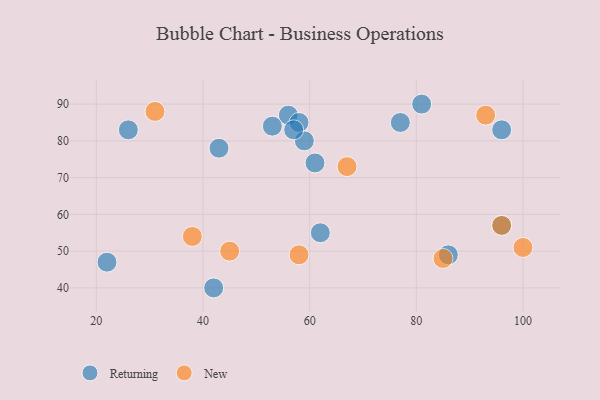
{"axis": {"x": "GDP", "y": "Life Expectancy"}, "legend": ["New", "Returning"], "data": [{"x": "56", "y": 87, "type": "Returning"}, {"x": "77", "y": 85, "type": "Returning"}, {"x": "43", "y": 78, "type": "Returning"}, {"x": "42", "y": 40, "type": "Returning"}, {"x": "53", "y": 84, "type": "Returning"}, {"x": "61", "y": 74, "type": "Returning"}, {"x": "58", "y": 85, "type": "Returning"}, {"x": "62", "y": 55, "type": "Returning"}, {"x": "86", "y": 49, "type": "Returning"}, {"x": "22", "y": 47, "type": "Returning"}, {"x": "96", "y": 83, "type": "Returning"}, {"x": "96", "y": 57, "type": "Returning"}, {"x": "81", "y": 90, "type": "Returning"}, {"x": "59", "y": 80, "type": "Returning"}, {"x": "57", "y": 83, "type": "Returning"}, {"x": "26", "y": 83, "type": "Returning"}, {"x": "45", "y": 50, "type": "New"}, {"x": "38", "y": 54, "type": "New"}, {"x": "31", "y": 88, "type": "New"}, {"x": "67", "y": 73, "type": "New"}, {"x": "85", "y": 48, "type": "New"}, {"x": "58", "y": 49, "type": "New"}, {"x": "93", "y": 87, "type": "New"}, {"x": "100", "y": 51, "type": "New"}, {"x": "96", "y": 57, "type": "New"}]}